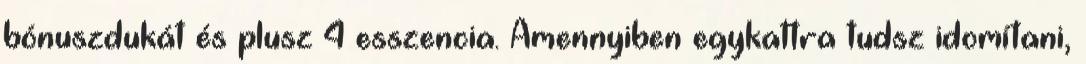
bónuszdukát és plusz 4 esszencia. Amennyiben egykattra tudsz idomítani,